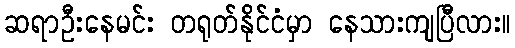
ဆရာဦးနေမင်း တရုတ်နိုင်ငံမှာ နေသားကျပြီလား။